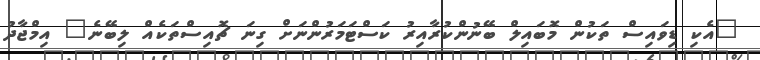
"އެކި ޑިވައިސް ތަކުން މޮބައިލް ބޭނުންކުރާއިރު ކަސްޓަމަރުންނަށް ގިނަ ޗޮއިސްތަކެއް ލިބޭނެ" އިމްޖާދު